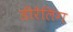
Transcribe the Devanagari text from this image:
डीरेलिंग